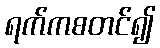
ရက်ကစတင်၍